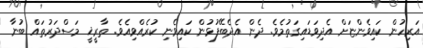
އަރިހުން ކައިވެންޏަށް އެދިވަޑައިގަތުމެވެ. ދެން އެދެބޭފުޅުން ކައިވެނި ކުރެއްވިއެވެ. ތާރީޚީ މަސްދަރުތައް ބުނާ